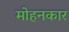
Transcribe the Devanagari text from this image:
मोहनकार